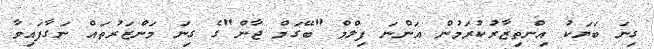
ގިނަ ބަޔަކު އިންތިޒާރުކުރަމުން އަންނަ ފިލްމް "ބޭގަމް ޖާން"ގެ ގިނަ މަންޒަރުތައް ނަގާފައިވާ